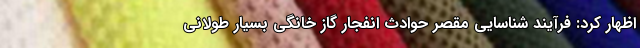
اظهار کرد: فرآیند شناسایی مقصر حوادث انفجار گاز خانگی بسیار طولانی